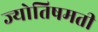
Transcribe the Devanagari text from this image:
ज्योतिषमती